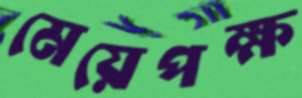
মেয়েপক্ষ